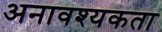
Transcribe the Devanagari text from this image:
अनावश्यकता